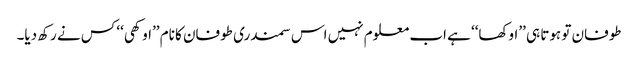
طوفان تو ہوتا ہی ’’اوکھا‘‘ ہے اب معلوم نہیں اس سمندری طوفان کا نام ’’اوکھی‘‘ کس نے رکھ دیا۔